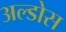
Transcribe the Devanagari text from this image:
अल्डोस